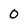
Character: 0